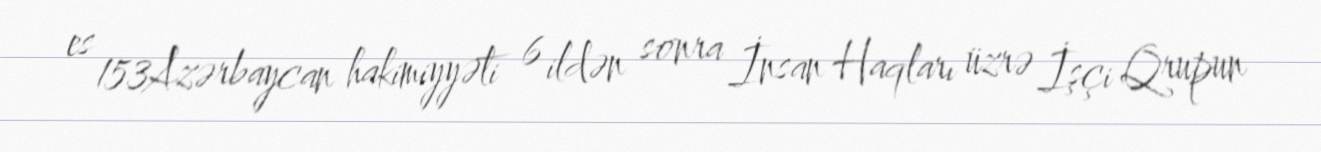
es 153Azərbaycan hakimiyyəti 6 ildən sonra İnsan Haqları üzrə İşçi Qrupun